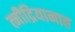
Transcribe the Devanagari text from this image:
त्नीद्रियानाह